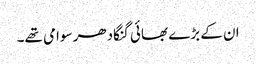
ان کے بڑے بھائی گنگادھر سوامی تھے۔